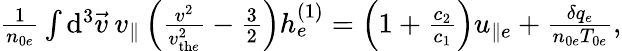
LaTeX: \begin{array}{r}{\frac{1}{n_{0e}}\int\mathrm{d}^{3}\vec{v}\: v_{\parallel}\left(\frac{v^{2}}{v_{\mathrm{th}e}^{2}}-\frac{3}{2}\right)h_{e}^{(1)}=\left(1+\frac{c_{2}}{c_{1}}\right)u_{\parallel e}+\frac{\delta q_{e}}{n_{0e}T_{0e}},}\end{array}